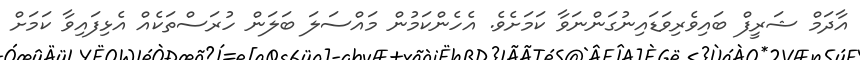
އާދަމް ޝަރީފް ބައިވެރިވަޑައިނުގަންނަވާ ކަމަށެވެ. އެހެންކަމުން މައްސަލަ ބަލަން ހުރަސްތަކެއް އެޅިފައިވާ ކަމަށް